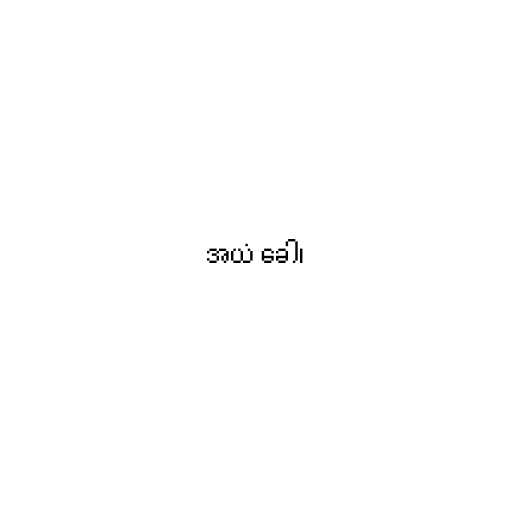
အယံ ခေါ၊